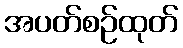
အပတ်စဉ်ထုတ်